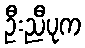
ဦးညီပုက